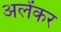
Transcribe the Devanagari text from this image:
अलेंकर